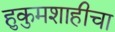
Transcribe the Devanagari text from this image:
हुकुमशाहीचा